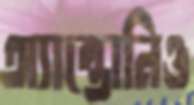
অ্যান্তোনিও